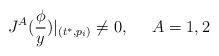
LaTeX: \begin{align*}J^A(\frac \phi y)|_{(t^{*},p_i)}\neq 0,\;\;\;\;\;A=1,2\end{align*}